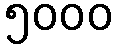
၅၀၀၀